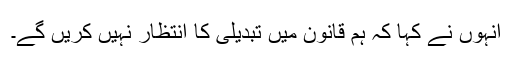
انہوں نے کہا کہ ہم قانون میں تبدیلی کا انتظار نہیں کریں گے۔